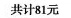
共计81元